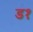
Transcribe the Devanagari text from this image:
ड१